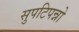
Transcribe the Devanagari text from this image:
सुपटिपन्नो